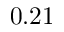
0 . 2 1